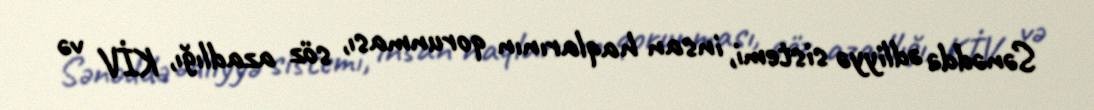
Sənəddə ədliyyə sistemi, insan haqlarının qorunması, söz azadlığı, KİV və